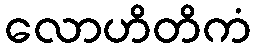
လောဟိတိကံ